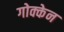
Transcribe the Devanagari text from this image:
गोक्केन